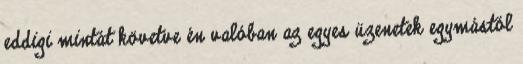
eddigi mintát követve én valóban az egyes üzenetek egymástól